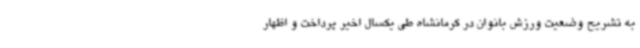
به تشریح وضعیت ورزش بانوان در کرمانشاه طی یکسال اخیر پرداخت و اظهار